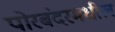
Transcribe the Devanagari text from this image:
पोरबंदरमधील